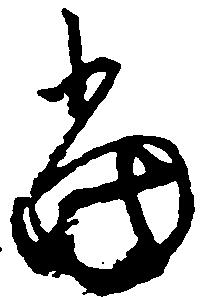
当